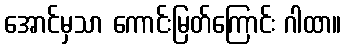
အောင်မှသာ ကောင်းမြတ်ကြောင်း ဂါထာ။